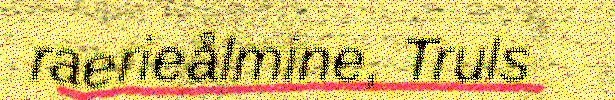
raerieålmine, Truls